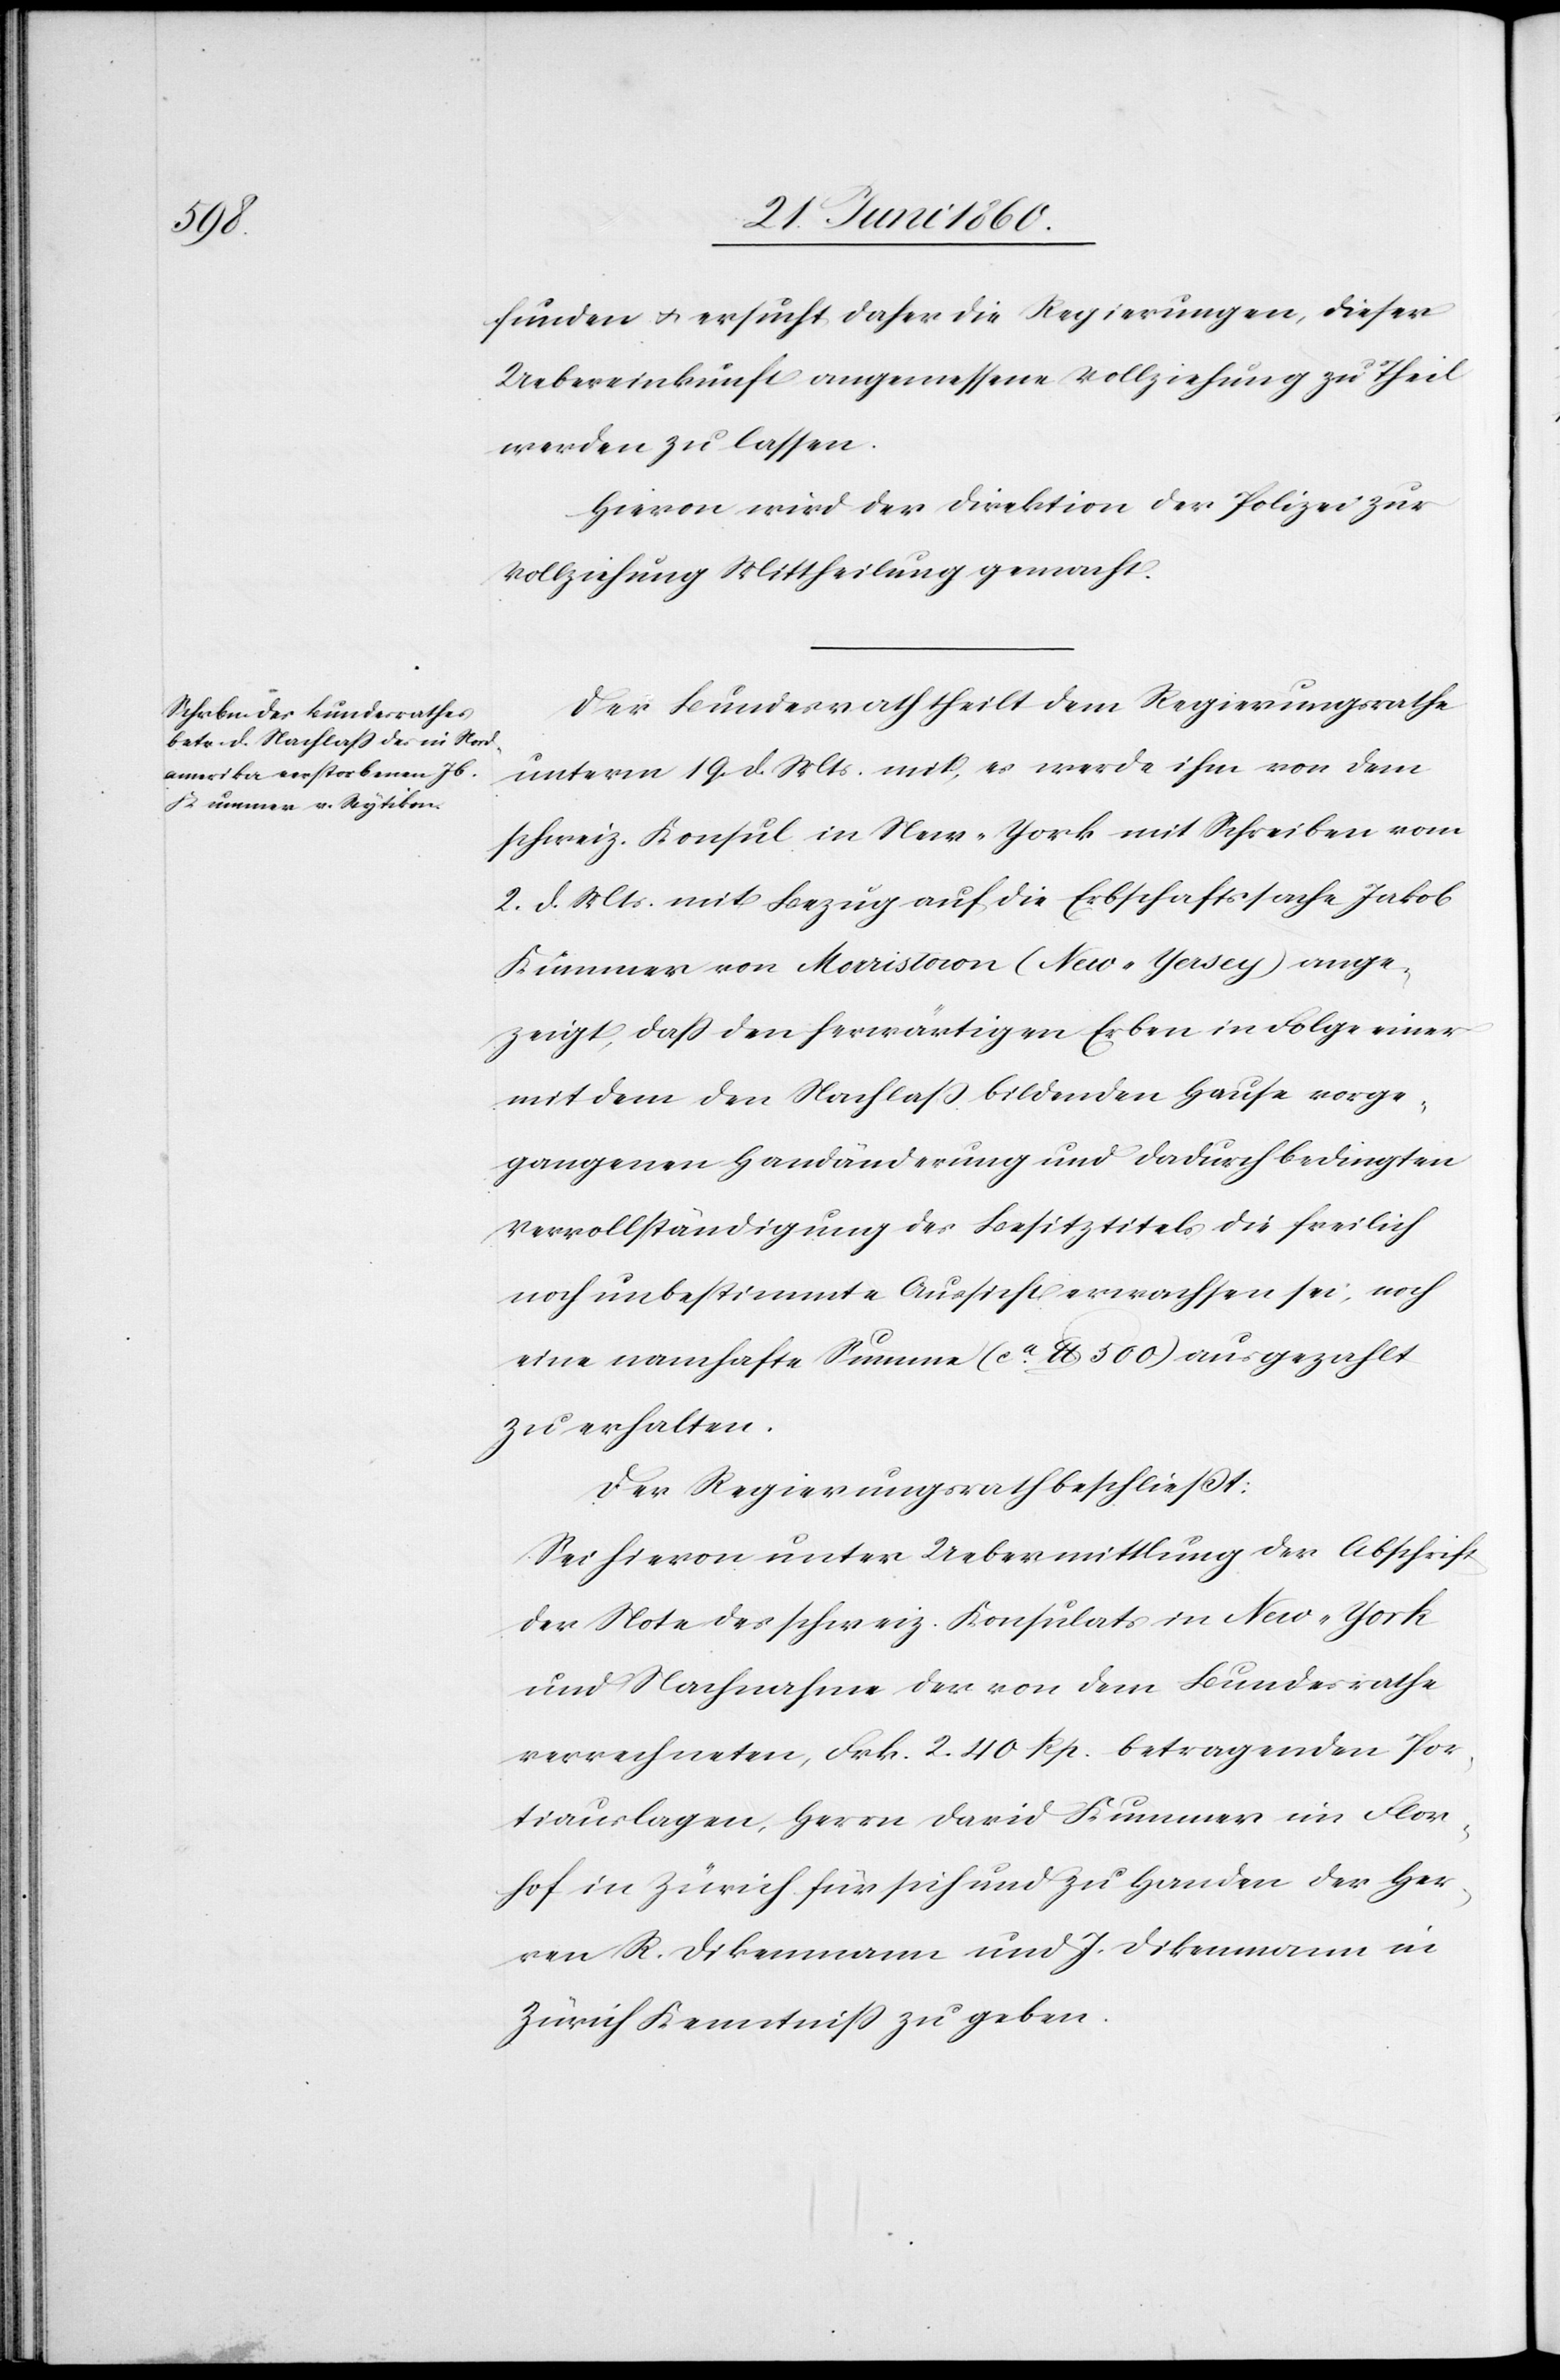
funden u. ersucht daher die Regierungen, dieser
Uebereinkunft angemessene Vollziehung zu Theil
werden zu lassen.
Hievon wird der Direktion der Polizei zur
Vollziehung Mittheilung gemacht.
Der Bundesrath theilt dem Regierungsrathe
unterm 19. d. Mts. mit, es werde ihm von dem
schweiz. Konsul in New-York mit Schreiben vom
2. d. Mts. mit Bezug auf die Erbschaftssache Jakob
Kummer von Morristown (New-Yersey) ange¬
zeigt, dass den herwärtigen Erben in Folge einer
mit dem den Nachlaß bildenden Hause vorge¬
gangenen Handänderung und dadurch bedingten
Vervollständigung des Besitztitels die freilich
noch unbestimmte Aussicht erwachsen sei, noch
eine namhafte Summe (ca lb. 500) ausgezahlt
zu erhalten.
Der Regierungsrath beschliesst:
Sei hievon unter Uebermittlung der Abschrift
der Note des schweiz. Konsulats in New-York
und Nachname der von dem Bundesrathe
verrechneten, Frk. 2. 40 Rp. betragenden Por¬
tiauslagen, Herrn David Kummer im Flor¬
hof in Zürich für sich und zu Handen der Her¬
ren R. Diekenmann und J. Diekenmann in
Zürich Kenntniss zu geben.